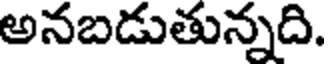
అనబడుతున్నది.